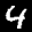
Label: 4